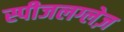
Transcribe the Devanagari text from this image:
स्पीजलग्लेज़